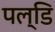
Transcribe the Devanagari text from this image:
पल्डि